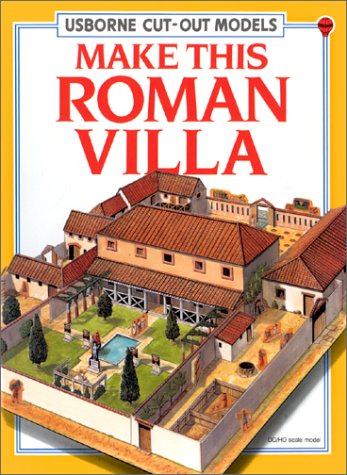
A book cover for Make This Roman Villa (Cut-Out Models); Iain Ashman; Children's Books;